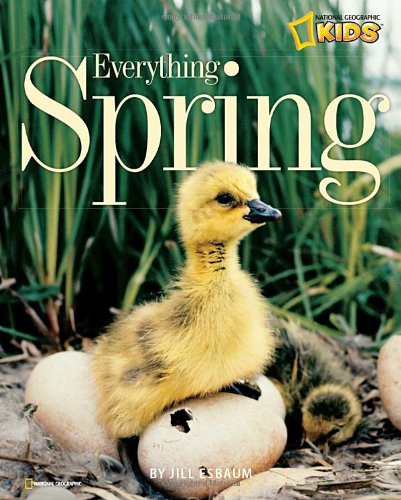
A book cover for Everything Spring (Picture the Seasons); Jill Esbaum; Children's Books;